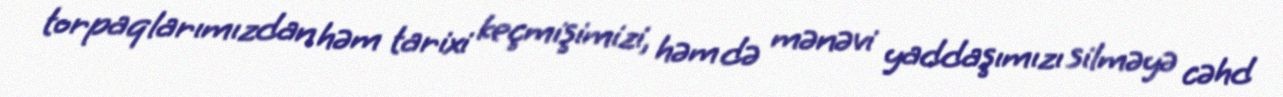
torpaqlarımızdan həm tarixi keçmişimizi, həm də mənəvi yaddaşımızı silməyə cəhd